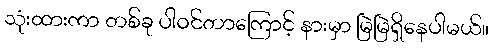
သုံးထားကာ တစ်ခု ပါဝင်တာကြောင့် နားမှာ မြဲမြဲရှိနေပါမယ်။